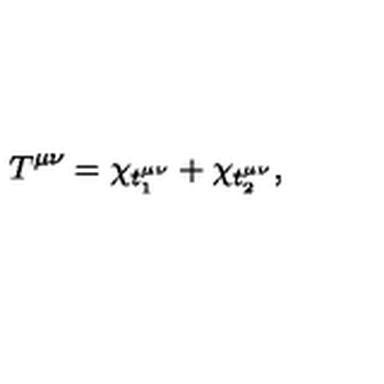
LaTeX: T _ { } ^ { \mu \nu } = \chi _ { t _ { 1 } ^ { \mu \nu } } + \chi _ { t _ { 2 } ^ { \mu \nu } } ,